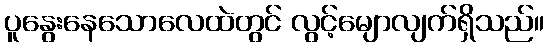
ပူနွေးနေသောလေထဲတွင် လွင့်မျောလျက်ရှိသည်။